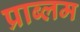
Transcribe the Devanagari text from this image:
प्राब्लम